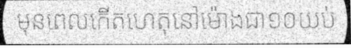
មុនពេលកើតហេតុនៅម៉ោងជា១០យប់